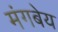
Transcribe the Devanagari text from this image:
मंगबेय